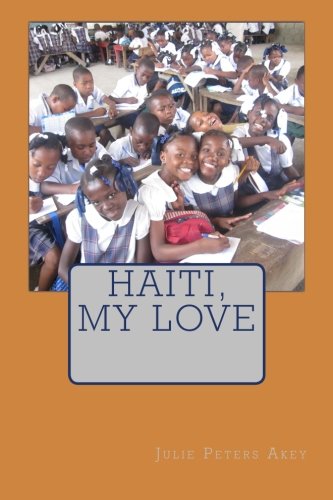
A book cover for Haiti, My Love; Julie Peters Akey; Travel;